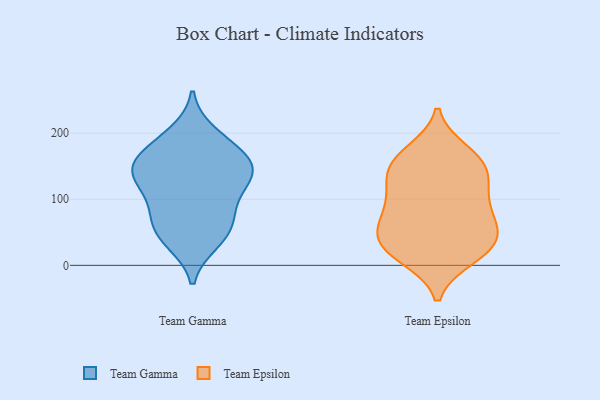
{"axis": {"x": "Active Users", "y": "Value"}, "legend": ["Team Epsilon", "Team Gamma"], "data": [{"x": "", "y": 144, "type": "Team Gamma"}, {"x": "", "y": 127, "type": "Team Gamma"}, {"x": "", "y": 143, "type": "Team Gamma"}, {"x": "", "y": 86, "type": "Team Gamma"}, {"x": "", "y": 41, "type": "Team Gamma"}, {"x": "", "y": 99, "type": "Team Gamma"}, {"x": "", "y": 62, "type": "Team Gamma"}, {"x": "", "y": 62, "type": "Team Gamma"}, {"x": "", "y": 152, "type": "Team Gamma"}, {"x": "", "y": 199, "type": "Team Gamma"}, {"x": "", "y": 150, "type": "Team Gamma"}, {"x": "", "y": 172, "type": "Team Gamma"}, {"x": "", "y": 183, "type": "Team Gamma"}, {"x": "", "y": 36, "type": "Team Gamma"}, {"x": "", "y": 129, "type": "Team Gamma"}, {"x": "", "y": 70, "type": "Team Epsilon"}, {"x": "", "y": 14, "type": "Team Epsilon"}, {"x": "", "y": 127, "type": "Team Epsilon"}, {"x": "", "y": 156, "type": "Team Epsilon"}, {"x": "", "y": 125, "type": "Team Epsilon"}, {"x": "", "y": 92, "type": "Team Epsilon"}, {"x": "", "y": 12, "type": "Team Epsilon"}, {"x": "", "y": 45, "type": "Team Epsilon"}, {"x": "", "y": 87, "type": "Team Epsilon"}, {"x": "", "y": 44, "type": "Team Epsilon"}, {"x": "", "y": 172, "type": "Team Epsilon"}, {"x": "", "y": 130, "type": "Team Epsilon"}, {"x": "", "y": 78, "type": "Team Epsilon"}, {"x": "", "y": 152, "type": "Team Epsilon"}, {"x": "", "y": 23, "type": "Team Epsilon"}, {"x": "", "y": 34, "type": "Team Epsilon"}, {"x": "", "y": 43, "type": "Team Epsilon"}, {"x": "", "y": 165, "type": "Team Epsilon"}]}